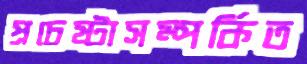
প্রচেষ্টাসম্পর্কিত